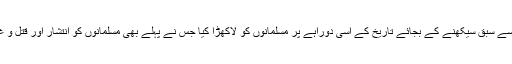
ان تکفیری خطیبوں نے تاریخ سے سبق سیکھنے کے بجائے تاریخ کے اسی دوراہے پر مسلمانوں کو لاکھڑا کیا جس نے پہلے بھی مسلمانوں کو انتشار اور قتل و غات گری کے سوا کچھ نہ دیا ۔